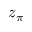
z _ { \pi }